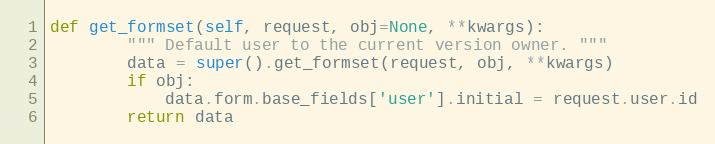
Language: Python
def get_formset(self, request, obj=None, **kwargs):
        """ Default user to the current version owner. """
        data = super().get_formset(request, obj, **kwargs)
        if obj:
            data.form.base_fields['user'].initial = request.user.id
        return data